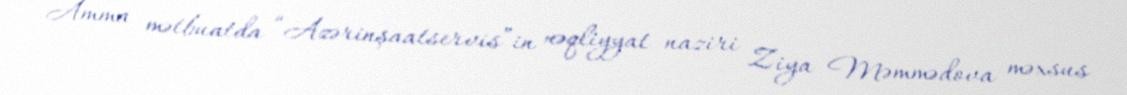
Amma mətbuatda “Azərinşaatservis”in nəqliyyat naziri Ziya Məmmədova məxsus